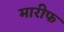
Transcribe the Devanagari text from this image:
मारीफ